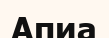
Апиа